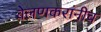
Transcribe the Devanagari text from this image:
वेलणकरांनीच